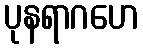
ပုနရာဂဟေ